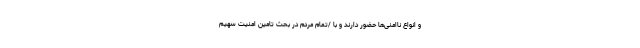
و انواع ناامنی‌ها حضور دارند و با /تمام مردم در بحث تامین امنیت سهیم